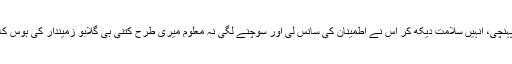
بچوں کا خیال آتے وہ تڑپ اْٹھی ،صْبح ہوتے ہی وہ ٹوٹی ہوئی ٹانگوں سے اپنے بچوں کے پاس پہنچی، انہیں سلامت دیکھ کر اْس نے اطمینان کی سانس لی اور سوچنے لگی نہ معلوم میری طرح کتنی ہی گلابو زمیندار کی ہوس کا شکار ہوئی ہونگی ، پھر کتنی مرتبہ وہ زمیندار کے بستر کی زینت بنی اْسے خود بھی یاد نہیں۔